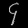
Digit: ၄